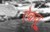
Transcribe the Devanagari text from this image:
ऐकवू